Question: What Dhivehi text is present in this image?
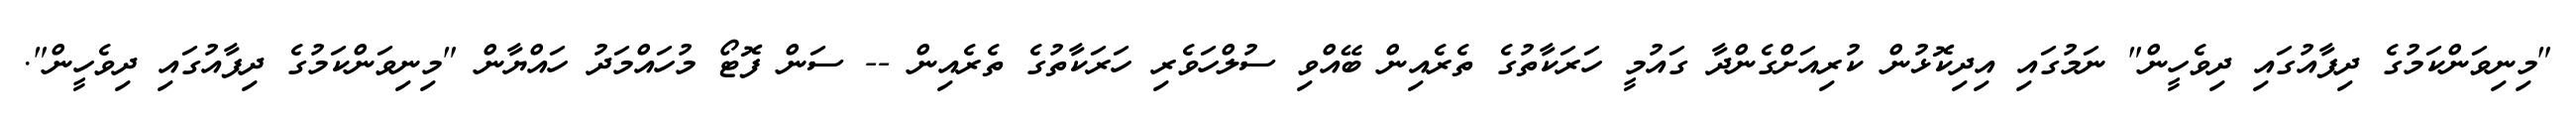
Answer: "މިނިވަންކަމުގެ ދިފާއުގައި ދިވެހީން" ނަމުގައި އިދިކޮޅުން ކުރިއަށްގެންދާ ގައުމީ ހަރަކާތުގެ ތެރެއިން ބޭއްވި ސުލްހަވެރި ހަރަކާތުގެ ތެރެއިން -- ސަން ފޮޓޯ މުހައްމަދު ހައްޔާން "މިނިވަންކަމުގެ ދިފާއުގައި ދިވެހީން".